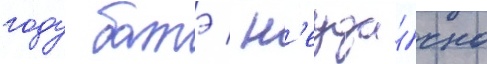
году батэ / н'еуда́чно